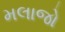
મલાજો